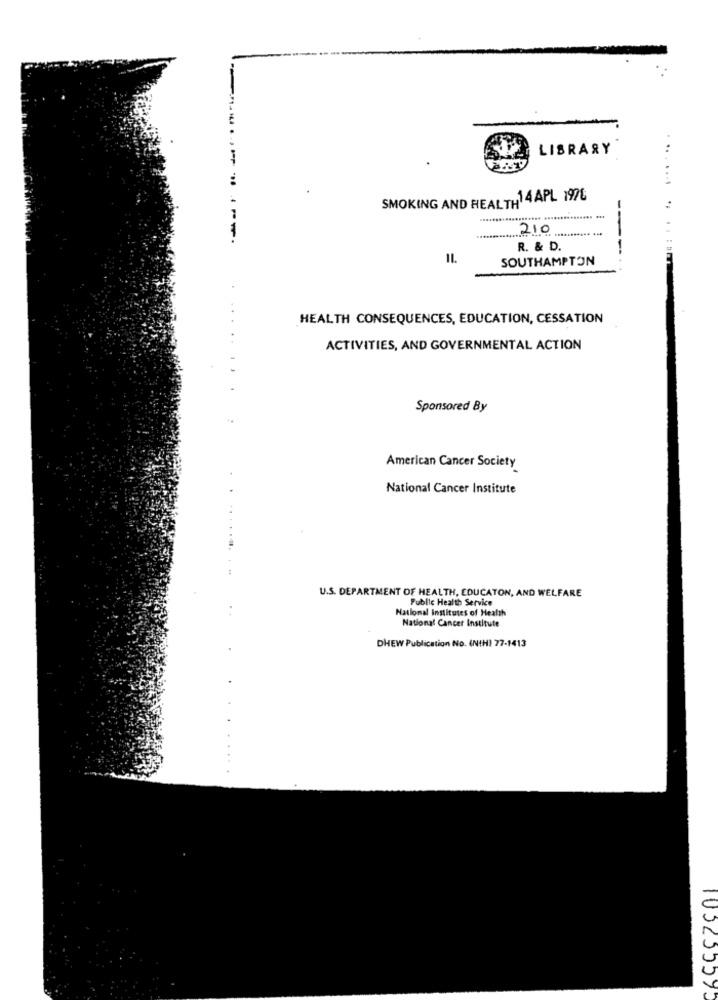
LIBRARY
...
SMOKING AND HEALTH14APL 1976
210
-.------.
R. & D.
SOUTHAMPTON
HEALTH CONSEQUENCES, EDUCATION, CESSATION
ACTIVITIES, AND GOVERNMENTAL ACTION
Sponsored By
American Cancer Society
National Cancer Institute
U.S. DEPARTMENT OF HEALTH, EDUCATON, AND WELFARE
Public Health Service
National Institutes of Health
National Cancer Institute
DHEW Publication No. (NIH) 77-1413
103255595